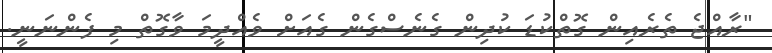
"ރާއްޖެ ތެރެއިން ގޮތްކުޑަ ކުދިން ގެނެސްގެން ގެއަށް ވެއްދީމަ ވާގޮތް މި ފެންނަނީ.